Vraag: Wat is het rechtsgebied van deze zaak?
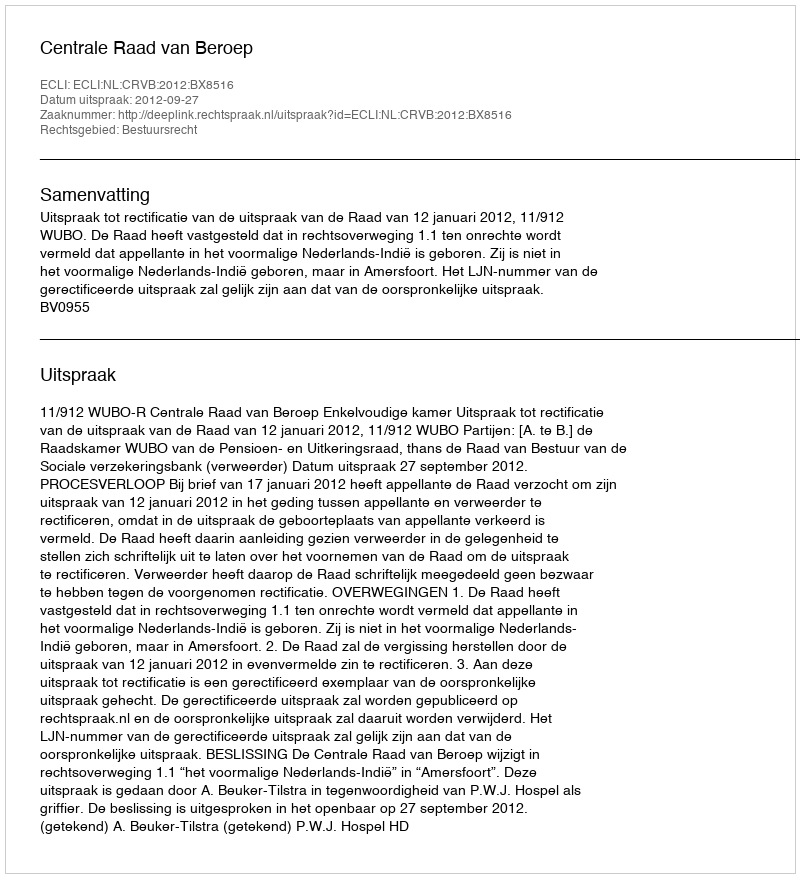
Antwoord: Bestuursrecht